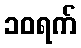
၁၀ရက်